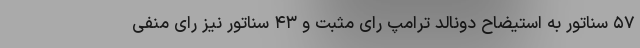
۵۷ سناتور به استیضاح دونالد ترامپ رای مثبت و ۴۳ سناتور نیز رای منفی